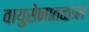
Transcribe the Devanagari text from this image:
वायुसेनातळास